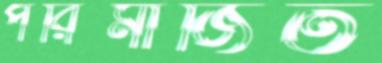
পরিমার্জিত